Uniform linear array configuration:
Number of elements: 8
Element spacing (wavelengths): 1
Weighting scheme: binomial
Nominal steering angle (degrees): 60
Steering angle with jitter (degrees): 58.098
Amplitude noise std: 0.05
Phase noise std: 0.05

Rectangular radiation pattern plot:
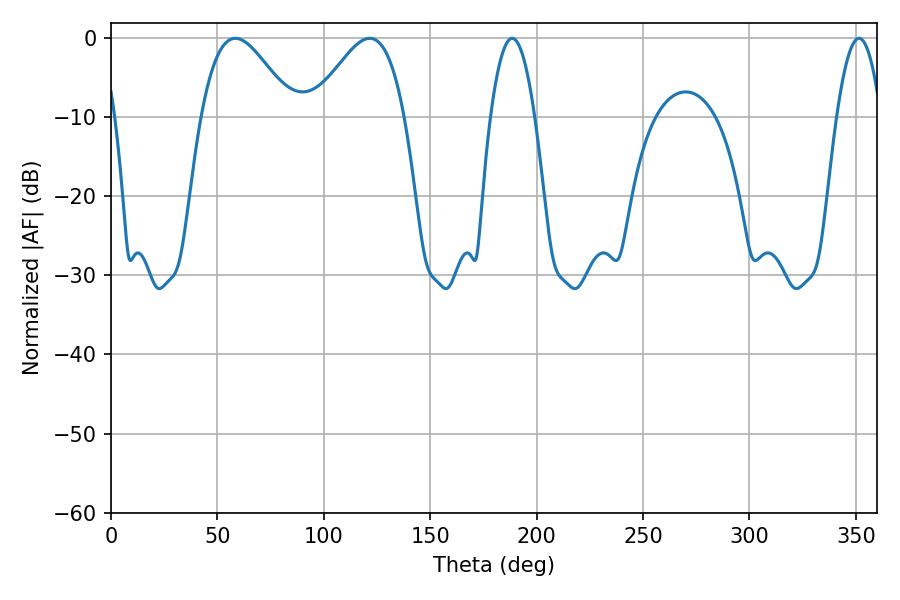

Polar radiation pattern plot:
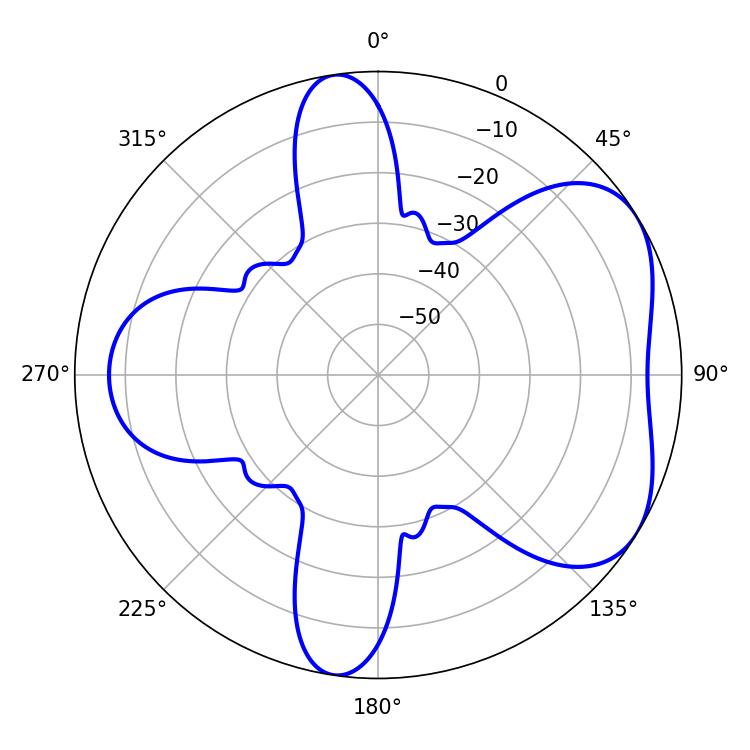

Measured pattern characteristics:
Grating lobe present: TRUE
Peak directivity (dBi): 5.016
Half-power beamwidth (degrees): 23.04
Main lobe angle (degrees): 121.5